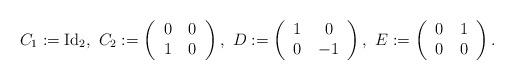
LaTeX: \begin{align*}C_1:= \mathrm{Id }_2,\ C_{2}:= \left( \begin{tabular}{cc}$0$ & $0$\\$1$ & $0$\end{tabular}\right) ,\ D:= \left( \begin{tabular}{cc}$1$ & $0$\\$0$ & $-1$\end{tabular}\right) , \ E := \left( \begin{tabular}{cc}$0$ & $1$\\$0$ & $0$\end{tabular}\right) . \end{align*}